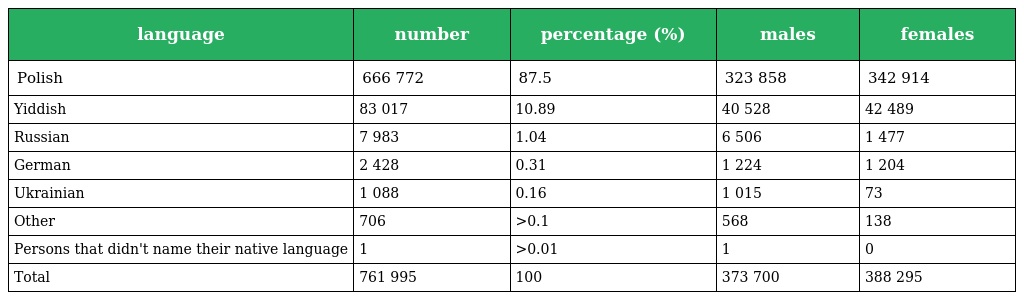
| language | number | percentage (%) | males | females |
 | --- | --- | --- | --- | --- |
 | Polish | 666 772 | 87.5 | 323 858 | 342 914 |
 | Yiddish | 83 017 | 10.89 | 40 528 | 42 489 |
 | Russian | 7 983 | 1.04 | 6 506 | 1 477 |
 | German | 2 428 | 0.31 | 1 224 | 1 204 |
 | Ukrainian | 1 088 | 0.16 | 1 015 | 73 |
 | Other | 706 | >0.1 | 568 | 138 |
 | Persons that didn't name their native language | 1 | >0.01 | 1 | 0 |
 | Total | 761 995 | 100 | 373 700 | 388 295 |